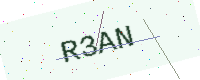
Text: R3AN